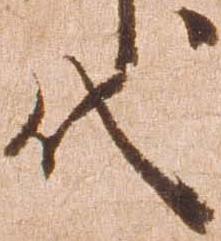
代